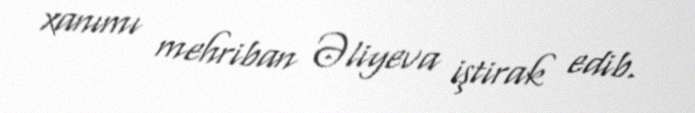
xanımı mehriban Əliyeva iştirak edib.